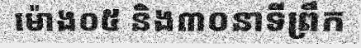
ម៉ោង០៥ និង៣០នាទីព្រឹក